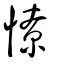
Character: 憭